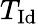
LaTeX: T_{\mathrm{Id}}